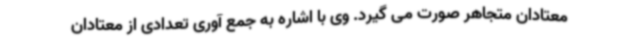
معتادان متجاهر صورت می گیرد. وی با اشاره به جمع آوری تعدادی از معتادان